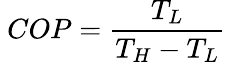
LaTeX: \ COP={\frac{T_{L}}{T_{H}-T_{L}}}